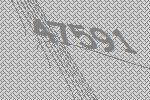
47591